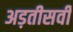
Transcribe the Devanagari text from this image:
अड़तीसवीं